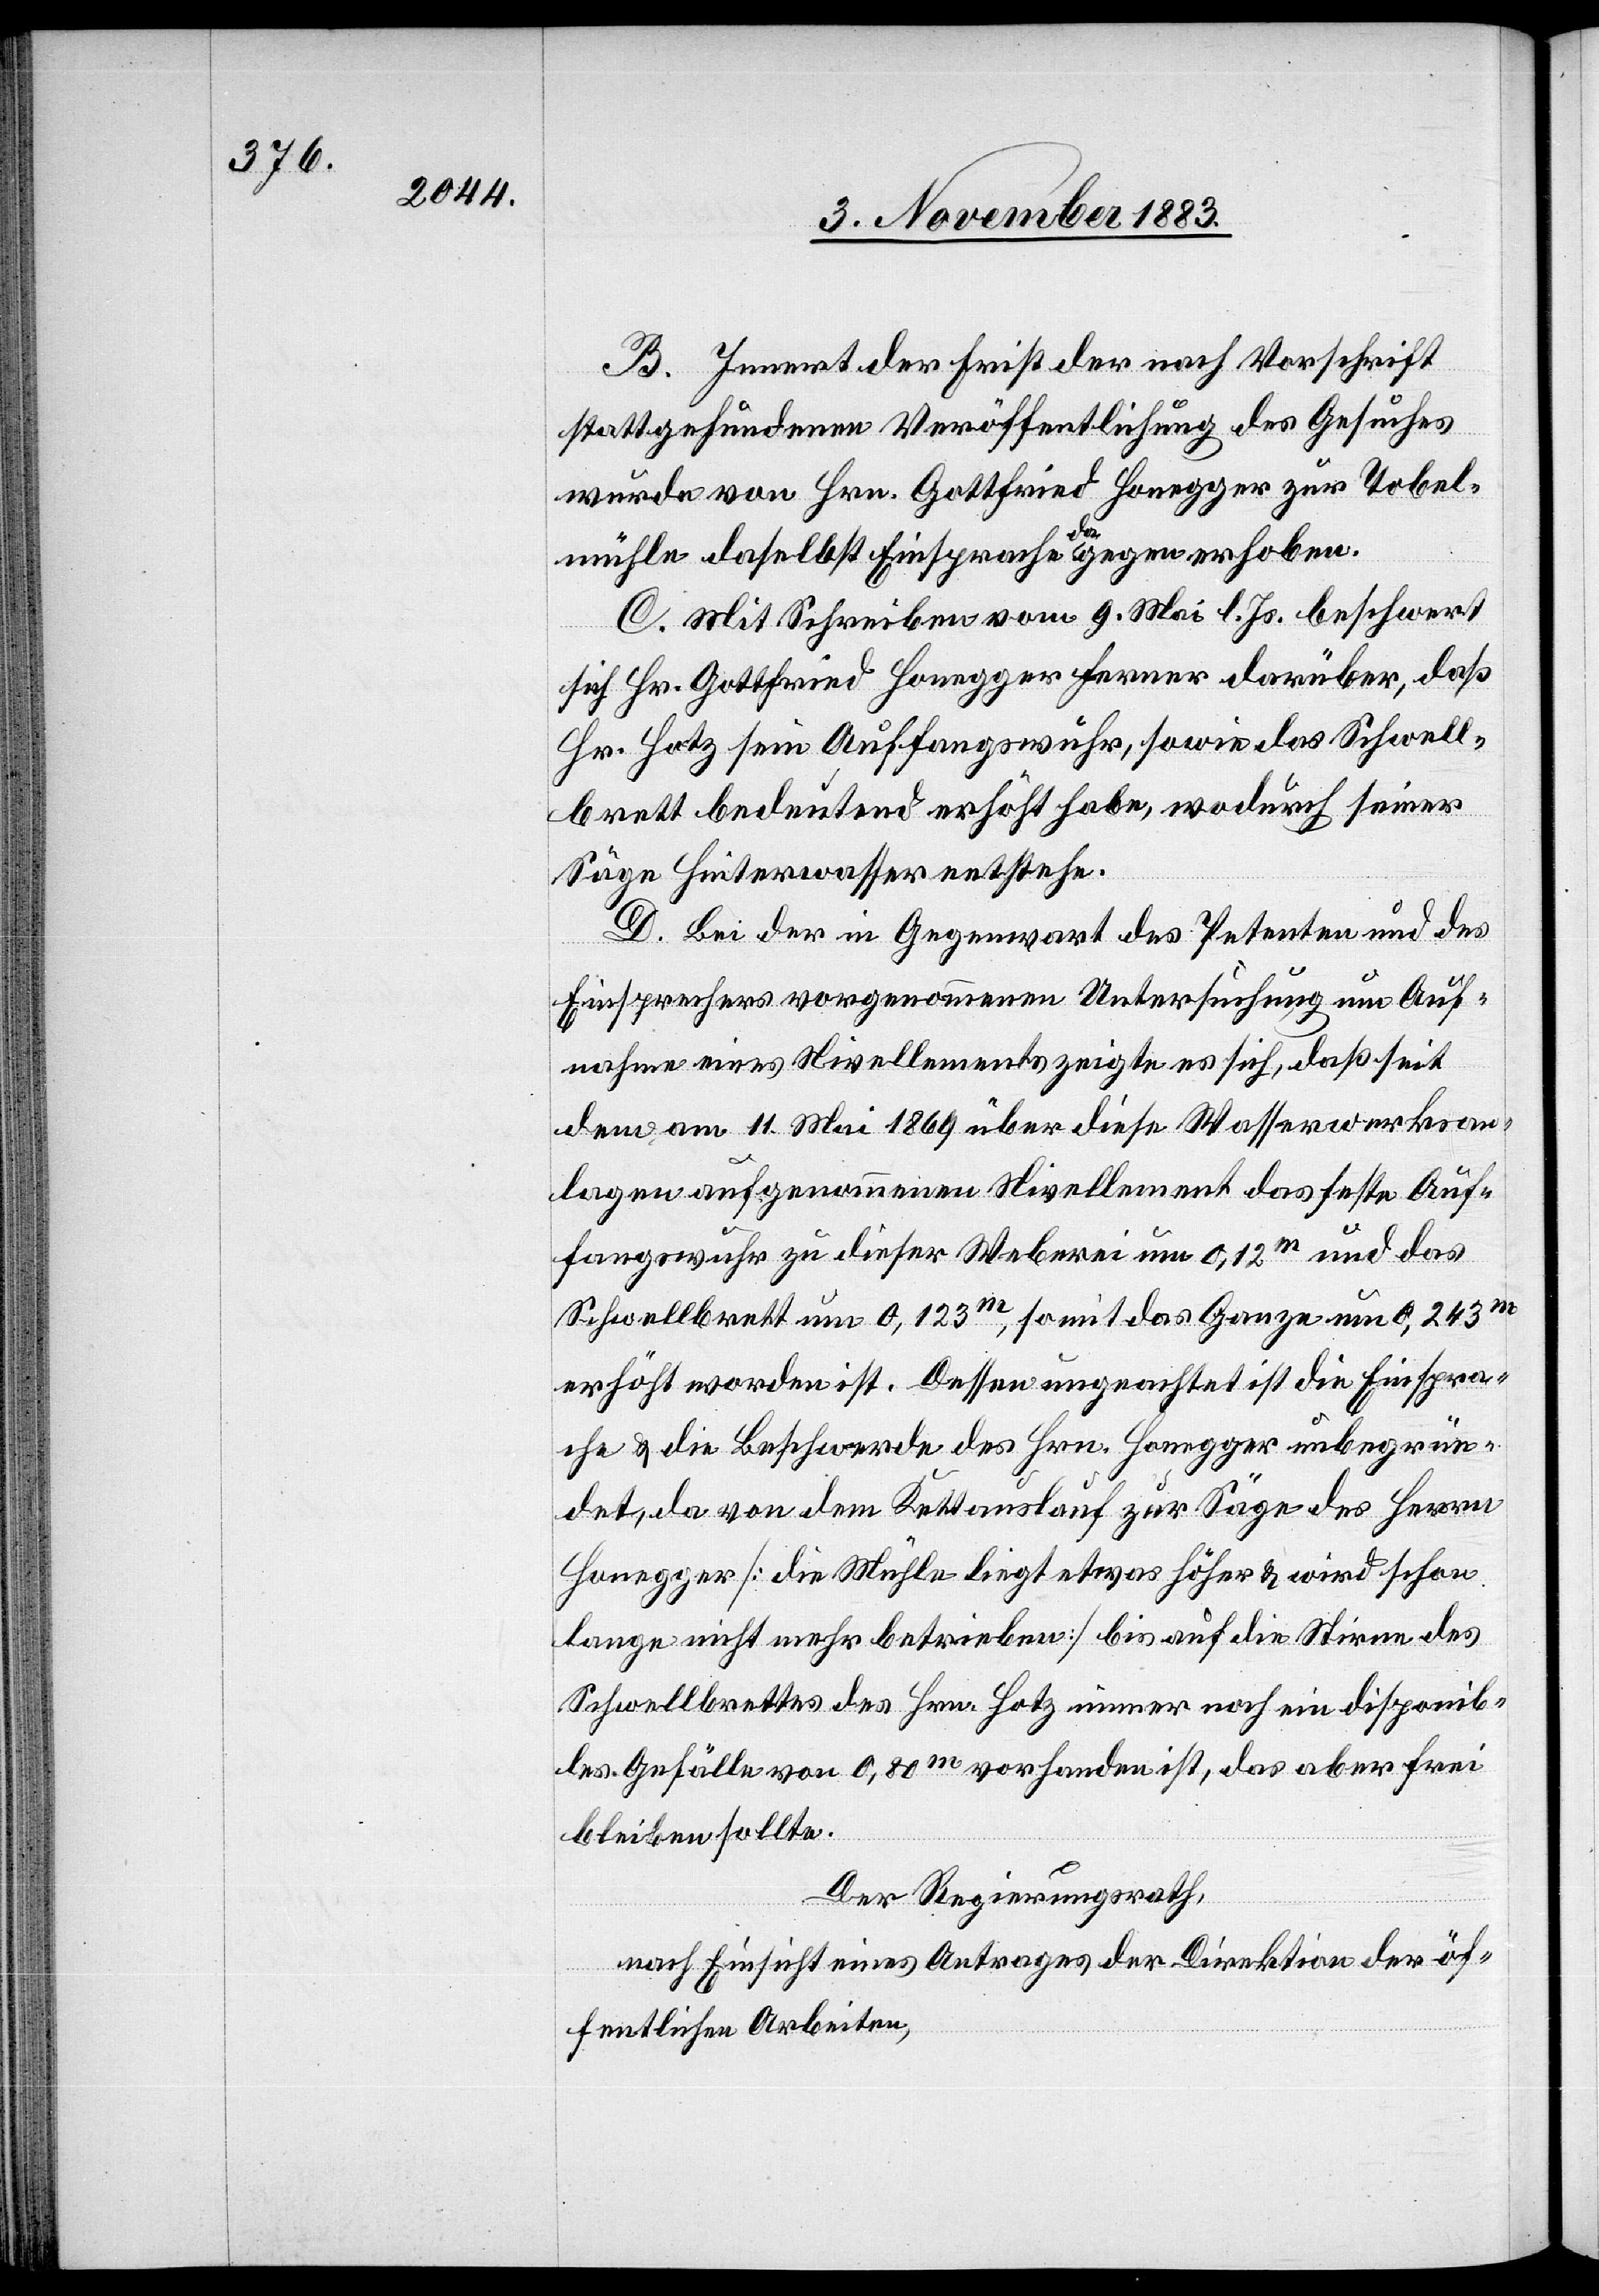
B. Innert der Frist der nach Vorschrift
stattgefundenen Veröffentlichung des Gesuches
wurde von Hrn. Gottfried Honegger zur Tobel¬
mühle daselbst Einsprache dagegen erhoben.
C. Mit Schrieben vom 9. Mai l. Js. beschwert
sich Hr. Gottfried Honegger ferner darüber, daß
Hr. Hotz sein Auffangswuhr, sowie das Schwell¬
brett bedeutend erhöht habe, wodurch seiner
Säge Hinterwasser entstehe.
D. Bei der Gegenwart des Petenten und des
Einsprechers vorgenommenen Untersuchung um Auf¬
nahme eines Nivellements zeigt es sich, daß seit
dem am 11. Mai 1869 über diese Wasserwerksan¬
lagen aufgenommenen Nivellement das feste Auf¬
fangswuhr zu dieser Weberei um 0,12 m und das
Schwellbrett um 0,123 m, somit das Ganze um 0,243 m
erhöht worden ist. Dessen ungeachtet ist die Einspra¬
che & die Beschwerde des Hrn. Honegger unbegrün¬
det, da von dem Kettauslauf zur Säge des Herrn
Honegger [die Mühle liegt etwas höher & wird schon
lange nicht mehr betrieben] bis auf die Stirne des
Schwellbrettes des Hrn. Hotz immer noch ein disponib¬
les Gefälle von 0,80 m vorhanden ist, das aber frei
bleiben sollte.
Der Regierungsrath,
nach Einsicht eines Antrages der Direktion der öf¬
fentlichen Arbeiten,